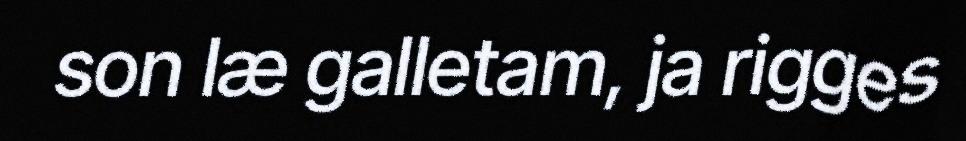
son læ galletam, ja rigges